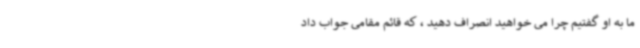
ما به او گفتیم چرا می خواهید انصراف دهید ، که قائم مقامی جواب داد